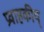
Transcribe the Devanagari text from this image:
प्रवाहकीय्